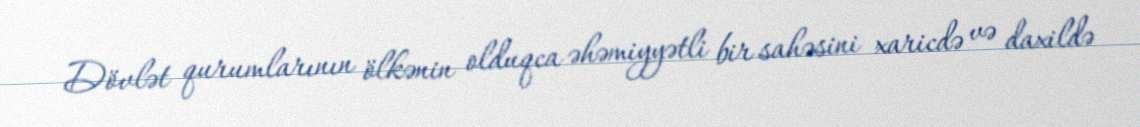
Dövlət qurumlarının ölkənin olduqca əhəmiyyətli bir sahəsini xaricdə və daxildə